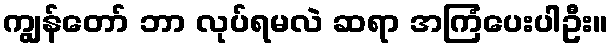
ကျွန်တော် ဘာ လုပ်ရမလဲ ဆရာ အကြံပေးပါဦး။